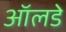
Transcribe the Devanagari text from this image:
ऑलडे